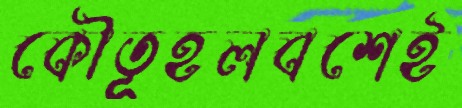
কৌতূহলবশেই